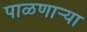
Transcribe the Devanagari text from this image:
पाळणार्‍या